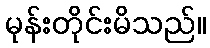
မုန်းတိုင်းမိသည်။